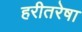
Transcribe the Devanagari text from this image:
हरीतरेषा